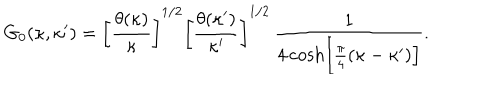
G _ { 0 } ( \kappa , \kappa ^ { \prime } ) = \left[ \frac { \theta ( \kappa ) } { \kappa } \right] ^ { 1 / 2 } \left[ \frac { \theta ( \kappa ^ { \prime } ) } { \kappa ^ { \prime } } \right] ^ { 1 / 2 } \, \frac { 1 } { 4 \cosh \left[ \frac { \pi } { 4 } ( \kappa - \kappa ^ { \prime } ) \right] } .